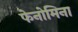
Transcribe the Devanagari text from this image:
फेनोमिना